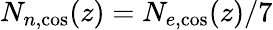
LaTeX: N_{n,\mathrm{cos}}(z)=N_{e,\mathrm{cos}}(z)/7